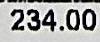
234.00